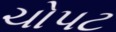
ચોપટ